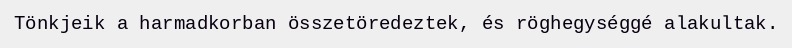
Tönkjeik a harmadkorban összetöredeztek, és röghegységgé alakultak.